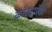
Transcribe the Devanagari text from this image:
कोट्यापैकी